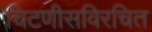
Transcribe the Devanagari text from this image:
चिटणीसविरचित